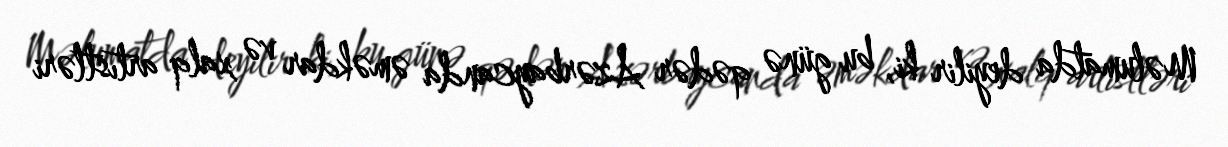
Məlumatda deyilir ki, bu günə qədər Azərbaycanda əməkdar və xalq artıstləri